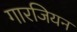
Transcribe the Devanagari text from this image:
गारजियन